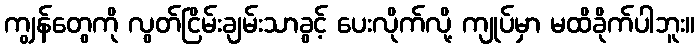
ကျွန်တွေကို လွတ်ငြိမ်းချမ်းသာခွင့် ပေးလိုက်လို့ ကျုပ်မှာ မထိခိုက်ပါဘူး။